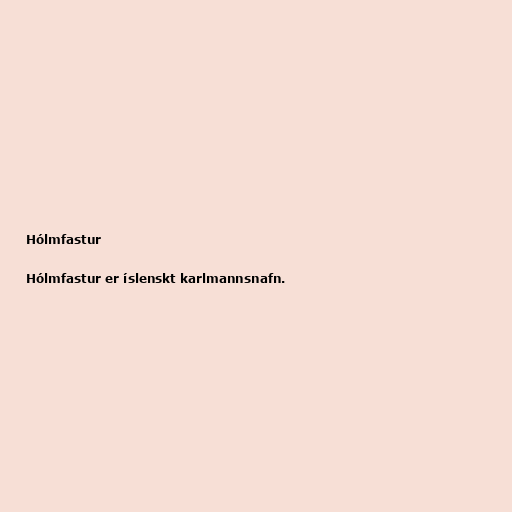
Hólmfastur

Hólmfastur er íslenskt karlmannsnafn.